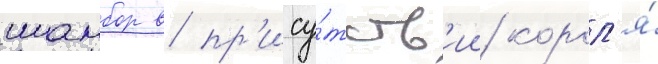
шамбор в пр'ису́тств'ии корол'я́